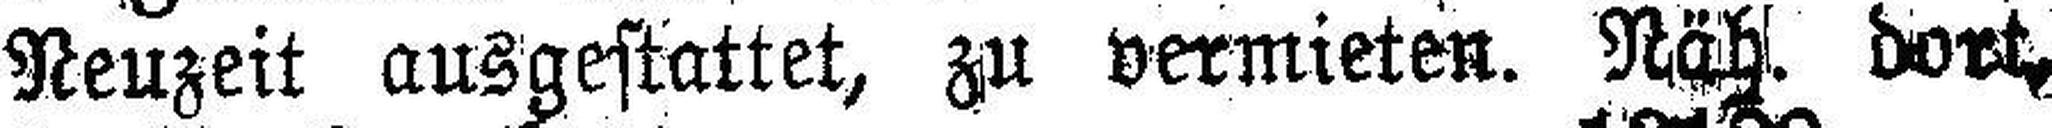
Neuzeit ausgestattet, zu vermieten. Nähl. dort,